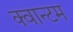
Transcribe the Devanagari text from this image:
क्‍वान्‍टम